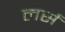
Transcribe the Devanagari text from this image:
लर्स